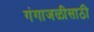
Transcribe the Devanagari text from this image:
गंगाजळीसाठी